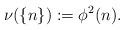
LaTeX: \begin{align*}\nu(\{n\}):=\phi^2(n).\end{align*}